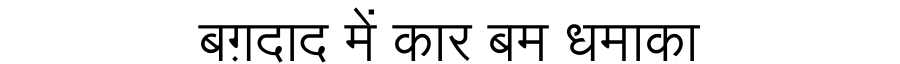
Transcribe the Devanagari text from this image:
बग़दाद में कार बम धमाका